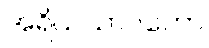
အရိယသာဝကော